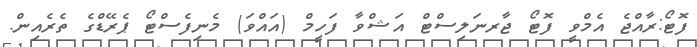
ފޮޓޯ:ރާއްޖެ އެމްވީ ފޮޓޯ ޖާރނަލިސްޓް އަޝްވާ ފަހީމް (އައްވަ) މެނިފެސްޓޯ ޕެރޭޑްގެ ތެރެއިން.